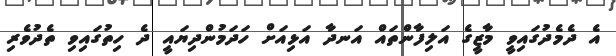
އެ ދެމެދުގައިވީ މާޒީގެ އަލިފާންތައް އަނދާ އަޅިއަށް ހަދަމުންދިޔައީ ދެ ހިތުގައިވި ތެދުވެރި